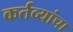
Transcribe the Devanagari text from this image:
कर्तव्यांचा